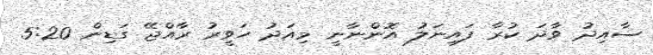
ސާއިދު ވާދަ ކުރާ ފައިނަލު އޮންނާނީ މިއަދު ހަވީރު ރާއްޖޭ ގަޑިން 5:20